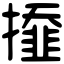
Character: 𢶍